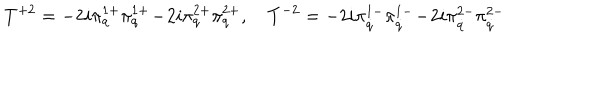
T ^ { + 2 } = - 2 i \pi _ { q } ^ { 1 + } \pi _ { q } ^ { 1 + } \! - \! 2 i \pi _ { q } ^ { 2 + } \pi _ { q } ^ { 2 + } , \quad T ^ { - 2 } = - 2 i \pi _ { \dot { q } } ^ { 1 - } \pi _ { \dot { q } } ^ { 1 - } \! - \! 2 i \pi _ { \dot { q } } ^ { 2 - } \pi _ { \dot { q } } ^ { 2 - }